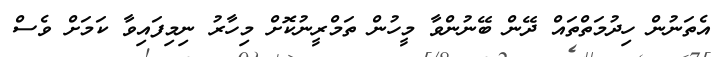
އެތަނުން ހިދުމަތްތައް ދޭން ބޭނުންވާ މީހުން ތަމްރީނުކޮށް މިހާރު ނިމިފައިވާ ކަމަށް ވެސް